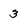
Character: 3